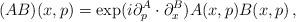
LaTeX: \begin{align*}(AB)(x,p) =\exp(i\partial_p^A\cdot\partial_x^B)A(x,p)B(x,p)\,, \end{align*}